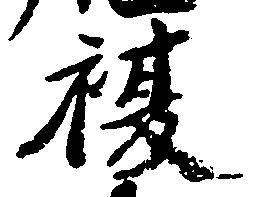
複